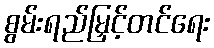
စွမ်းရည်မြှင့်တင်ရေး